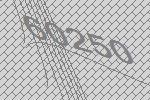
60250